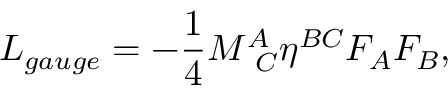
{ \cal L } _ { g a u g e } = - { \frac { 1 } { 4 } } M _ { \ C } ^ { A } \eta ^ { B C } F _ { A } F _ { B } ,